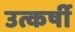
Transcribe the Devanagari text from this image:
उत्कर्षी